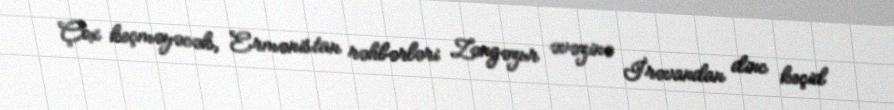
Çox keçməyəcək, Ermənistan rəhbərləri Zəngəzur əvəzinə İrəvandan dinc keçid